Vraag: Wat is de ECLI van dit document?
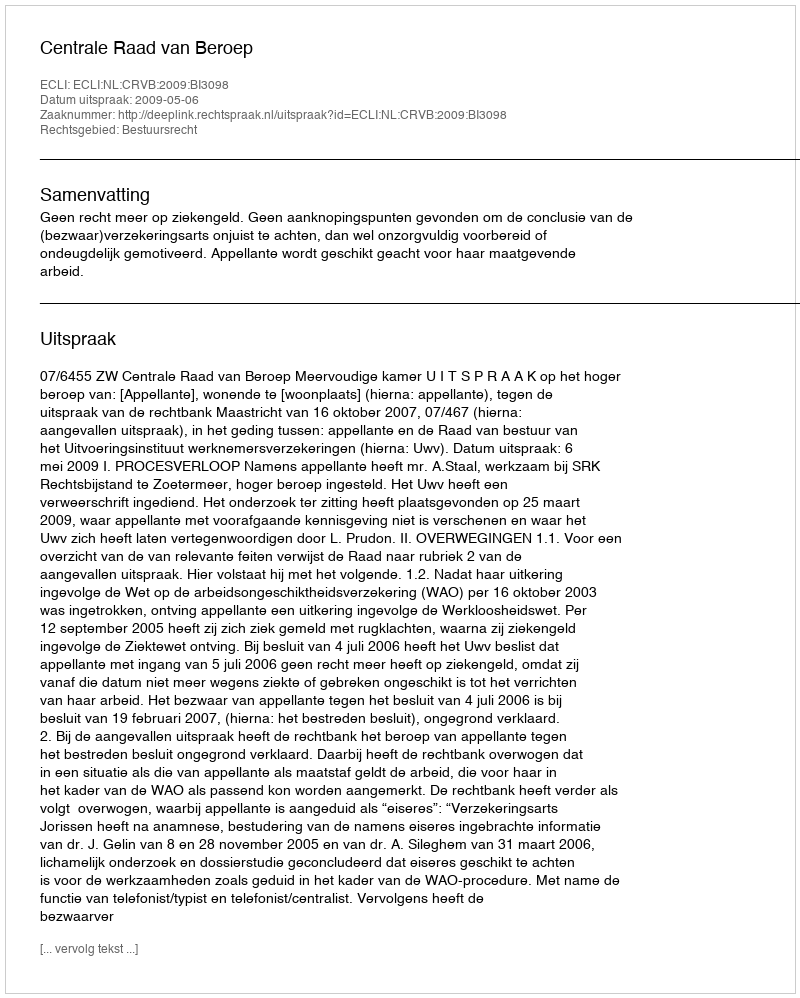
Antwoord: ECLI:NL:CRVB:2009:BI3098